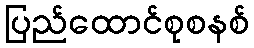
ပြည်ထောင်စုစနစ်